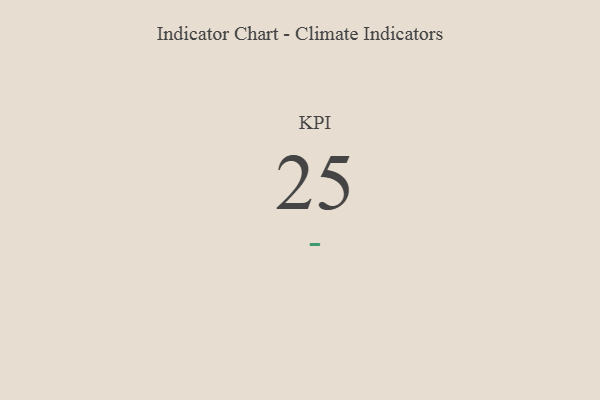
{"axis": {"x": "KPI", "y": "Value"}, "legend": [""], "data": [{"x": "KPI", "y": 25, "type": ""}]}